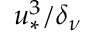
u _ { * } ^ { 3 } / \delta _ { \nu }